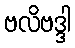
ဗလိဗဒ္ဒါ